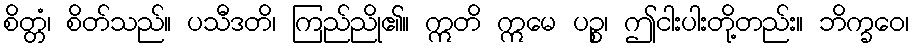
စိတ္တံ၊ စိတ်သည်။ ပသီဒတိ၊ ကြည်ညို၏။ ဣတိ ဣမေ ပဉ္စ၊ ဤငါးပါးတို့တည်း။ ဘိက္ခဝေ၊